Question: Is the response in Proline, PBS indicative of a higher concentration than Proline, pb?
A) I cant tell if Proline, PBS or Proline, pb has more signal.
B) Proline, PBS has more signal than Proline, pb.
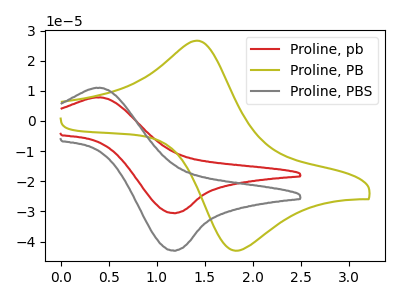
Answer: <think>The red curve "Proline, pb" has an anodic peak at (0.40V, 7.75uA) and a cathodic peak at (1.20V, -30.60uA). The olive curve "Proline, PB" has an anodic peak at (1.45V, 26.60uA) and a cathodic peak at (1.80V, -43.05uA). The gray curve "Proline, PBS" has an anodic peak at (0.40V, 10.95uA) and a cathodic peak at (1.20V, -43.05uA).
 All the peaks in "Proline, PBS" have a peak in "Proline, pb" at the same potential. Every peak in "Proline, PBS" is higher than every peak in "Proline, pb".</think>
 <answer>B) "Proline, PBS" has more signal than "Proline, pb".</answer>
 <eval>B</eval>